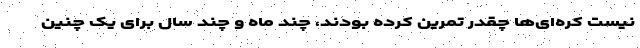
نیست کره‌ای‌ها چقدر تمرین کرده بودند، چند ماه و چند سال برای یک چنین